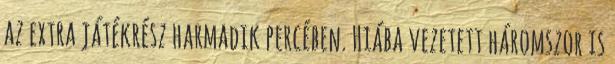
az extra játékrész harmadik percében. Hiába vezetett háromszor is